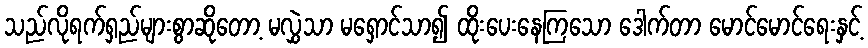
သည်လိုရက်ရှည်များစွာဆိုတော့ မလွှဲသာ မရှောင်သာ၍ ထိုးပေးနေကြသော ဒေါက်တာ မောင်မောင်ရေးနှင့်